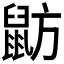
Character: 𪕃